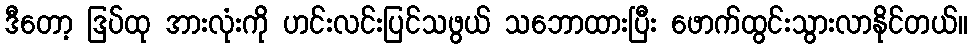
ဒီတော့ ဒြပ်ထု အားလုံးကို ဟင်းလင်းပြင်သဖွယ် သဘောထားပြီး ဖောက်ထွင်းသွားလာနိုင်တယ်။